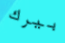
بيرك